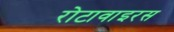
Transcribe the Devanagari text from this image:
रोटावाइरस